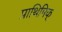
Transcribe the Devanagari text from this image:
प्राथिमिक्